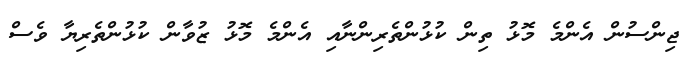
ޖިންސުން އެންމެ މޮޅު ތިން ކުޅުންތެރިންނާއި އެންމެ މޮޅު ޒުވާން ކުޅުންތެރިޔާ ވެސް